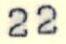
22